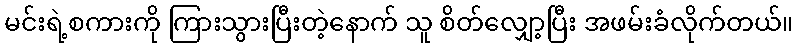
မင်းရဲ့စကားကို ကြားသွားပြီးတဲ့နောက် သူ စိတ်လျှော့ပြီး အဖမ်းခံလိုက်တယ်။